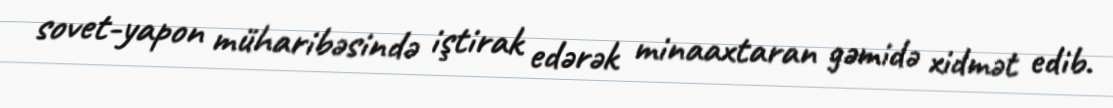
sovet-yapon müharibəsində iştirak edərək minaaxtaran gəmidə xidmət edib.